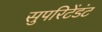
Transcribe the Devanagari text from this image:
सुपरिटेंडंट